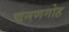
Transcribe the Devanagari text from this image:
चनणगोह